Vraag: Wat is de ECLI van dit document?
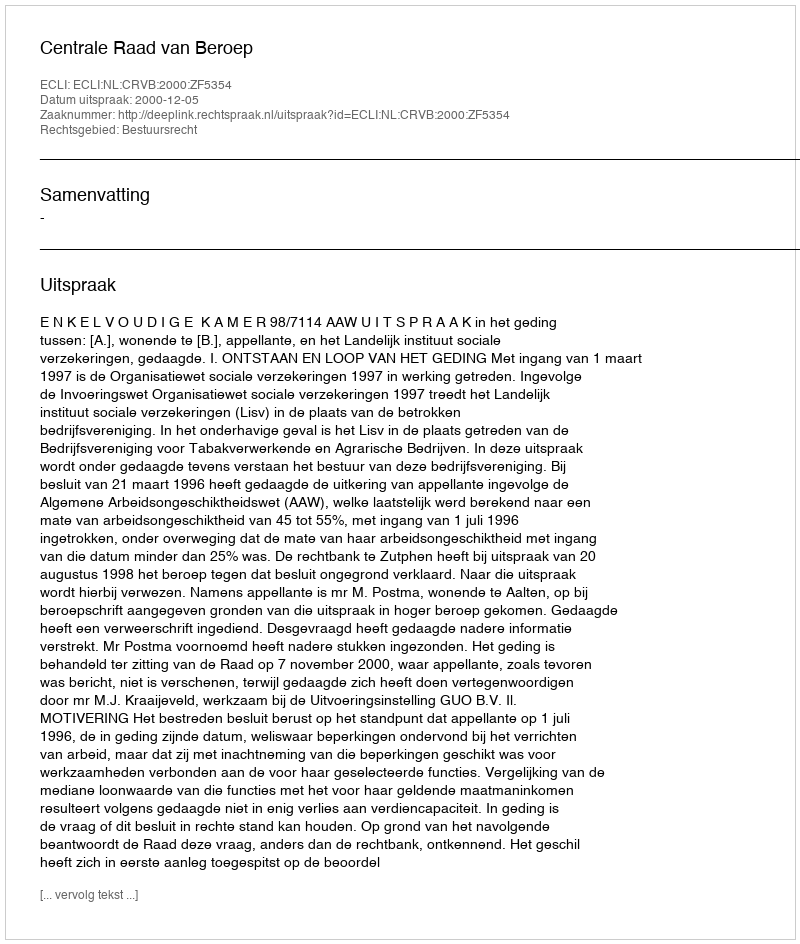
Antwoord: ECLI:NL:CRVB:2000:ZF5354